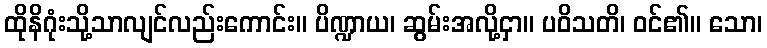
ထိုနိဂုံးသို့သာလျင်လည်းကောင်း။ ပိဏ္ဍာယ၊ ဆွမ်းအလို့ငှာ။ ပဝိသတိ၊ ဝင်၏။ သော၊